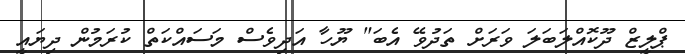
ޕްލީޒް ދޫކޮއްލަބަލަ ވަރަށް ތަދުވޭ އެބަ" ޔޫހާ އަދިވެސް މަސައްކަތް ކުރަމުން ދިޔައީ